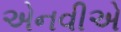
એનવીએ